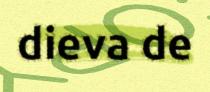
dieva de